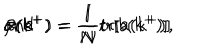
\alpha ( k ^ { + } ) = \frac { 1 } { N } \mathrm { t r } [ a ( k ^ { + } ) ] \hspace { 4 m m } \mathrm { a n d } \hspace { 4 m m } \beta ( k ^ { + } ) = \frac { 1 } { N } \mathrm { t r } [ b ( k ^ { + } ) ] ,